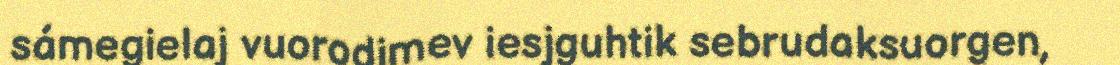
sámegielaj vuorodimev iesjguhtik sebrudaksuorgen,